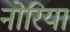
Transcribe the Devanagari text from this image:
नोरिया